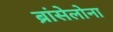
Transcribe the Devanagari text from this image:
ब्रांसेलोना